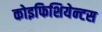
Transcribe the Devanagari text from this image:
कोइफिशियेन्‍टस